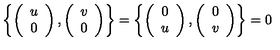
\left\{ \left( \begin{array} { c } { u } \\ { 0 } \\ \end{array} \right) , \left( \begin{array} { c } { v } \\ { 0 } \\ \end{array} \right) \right\} = \left\{ \left( \begin{array} { c } { 0 } \\ { u } \\ \end{array} \right) , \left( \begin{array} { c } { 0 } \\ { v } \\ \end{array} \right) \right\} = 0